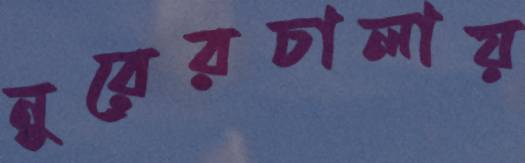
নুরেরচালায়